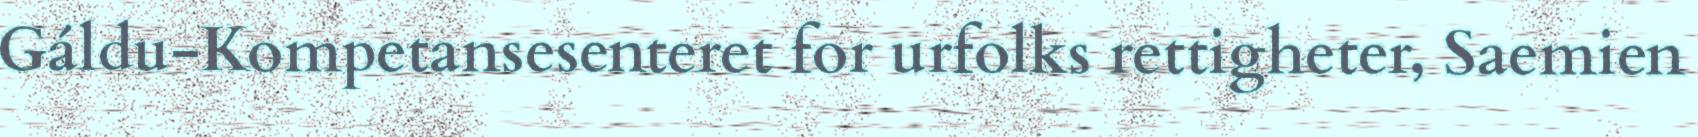
Gáldu-Kompetansesenteret for urfolks rettigheter, Saemien